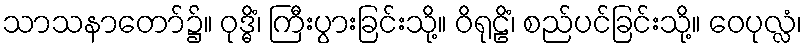
သာသနာတော်၌။ ဝုဒ္ဓိံ၊ ကြီးပွားခြင်းသို့။ ဝိရုဠိံ၊ စည်ပင်ခြင်းသို့။ ဝေပုလ္လံ၊